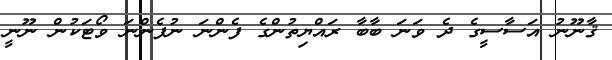
ޤާނޫނު އަސާސީގެ ދެ ވަނަ ބާބާ ރައްޔިތުންގެ ފެންނަ ނުފެންނަ ވޯޓަކުން ނޫނީ